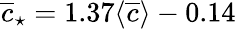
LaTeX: \overline{{c}}_{\star}=1.37\langle\overline{{c}}\rangle-0.14